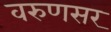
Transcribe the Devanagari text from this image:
वरुणसर